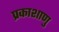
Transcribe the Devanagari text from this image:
प्रकाशाणु